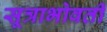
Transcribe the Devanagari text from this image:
सूत्राभोवती